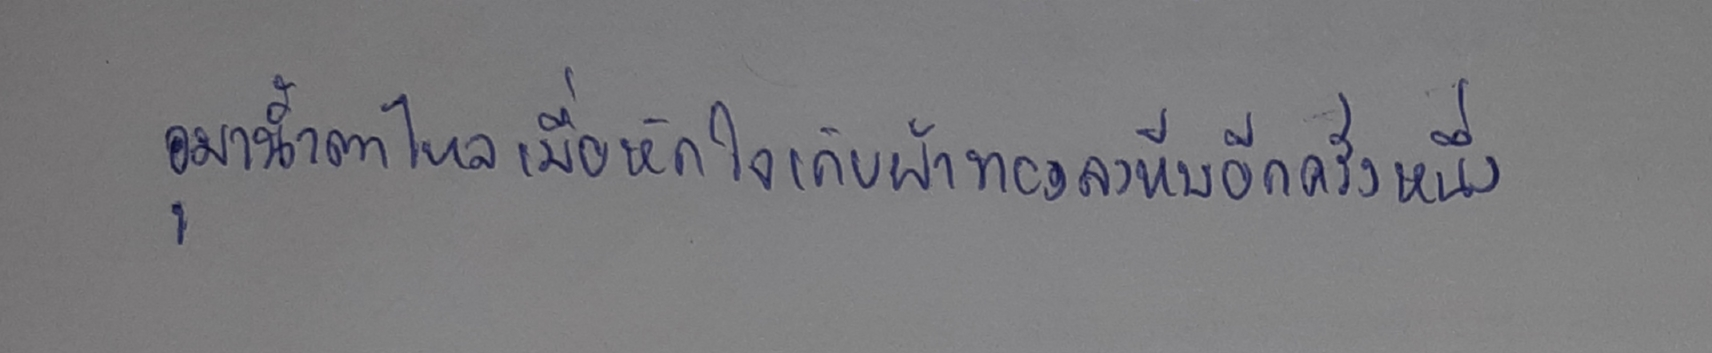
อุมาน้ำตาไหลเมื่อหักใจเก็บผ้าทองลงหีบอีกครั้งหนึ่ง